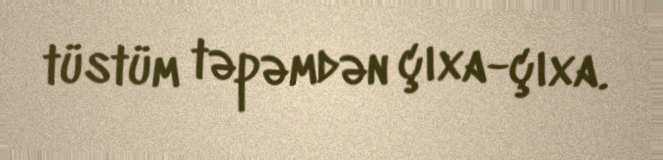
tüstüm təpəmdən çıxa-çıxa.